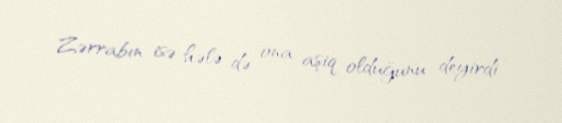
Zərrabın isə hələ də ona aşiq olduğunu deyirdi.